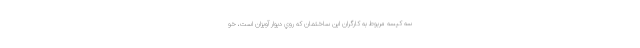
سه كيسه‌ مربوط به كارگران اين ساختمان كه روي ديوار آويزان است، خو